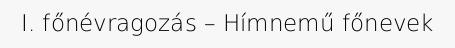
I. főnévragozás – Hímnemű főnevek